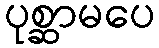
ပုစ္ဆာမပေ